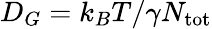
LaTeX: D_{G}=k_{B}T/\gamma N_{\mathrm{tot}}